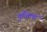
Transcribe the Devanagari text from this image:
युक्‍तियॉं